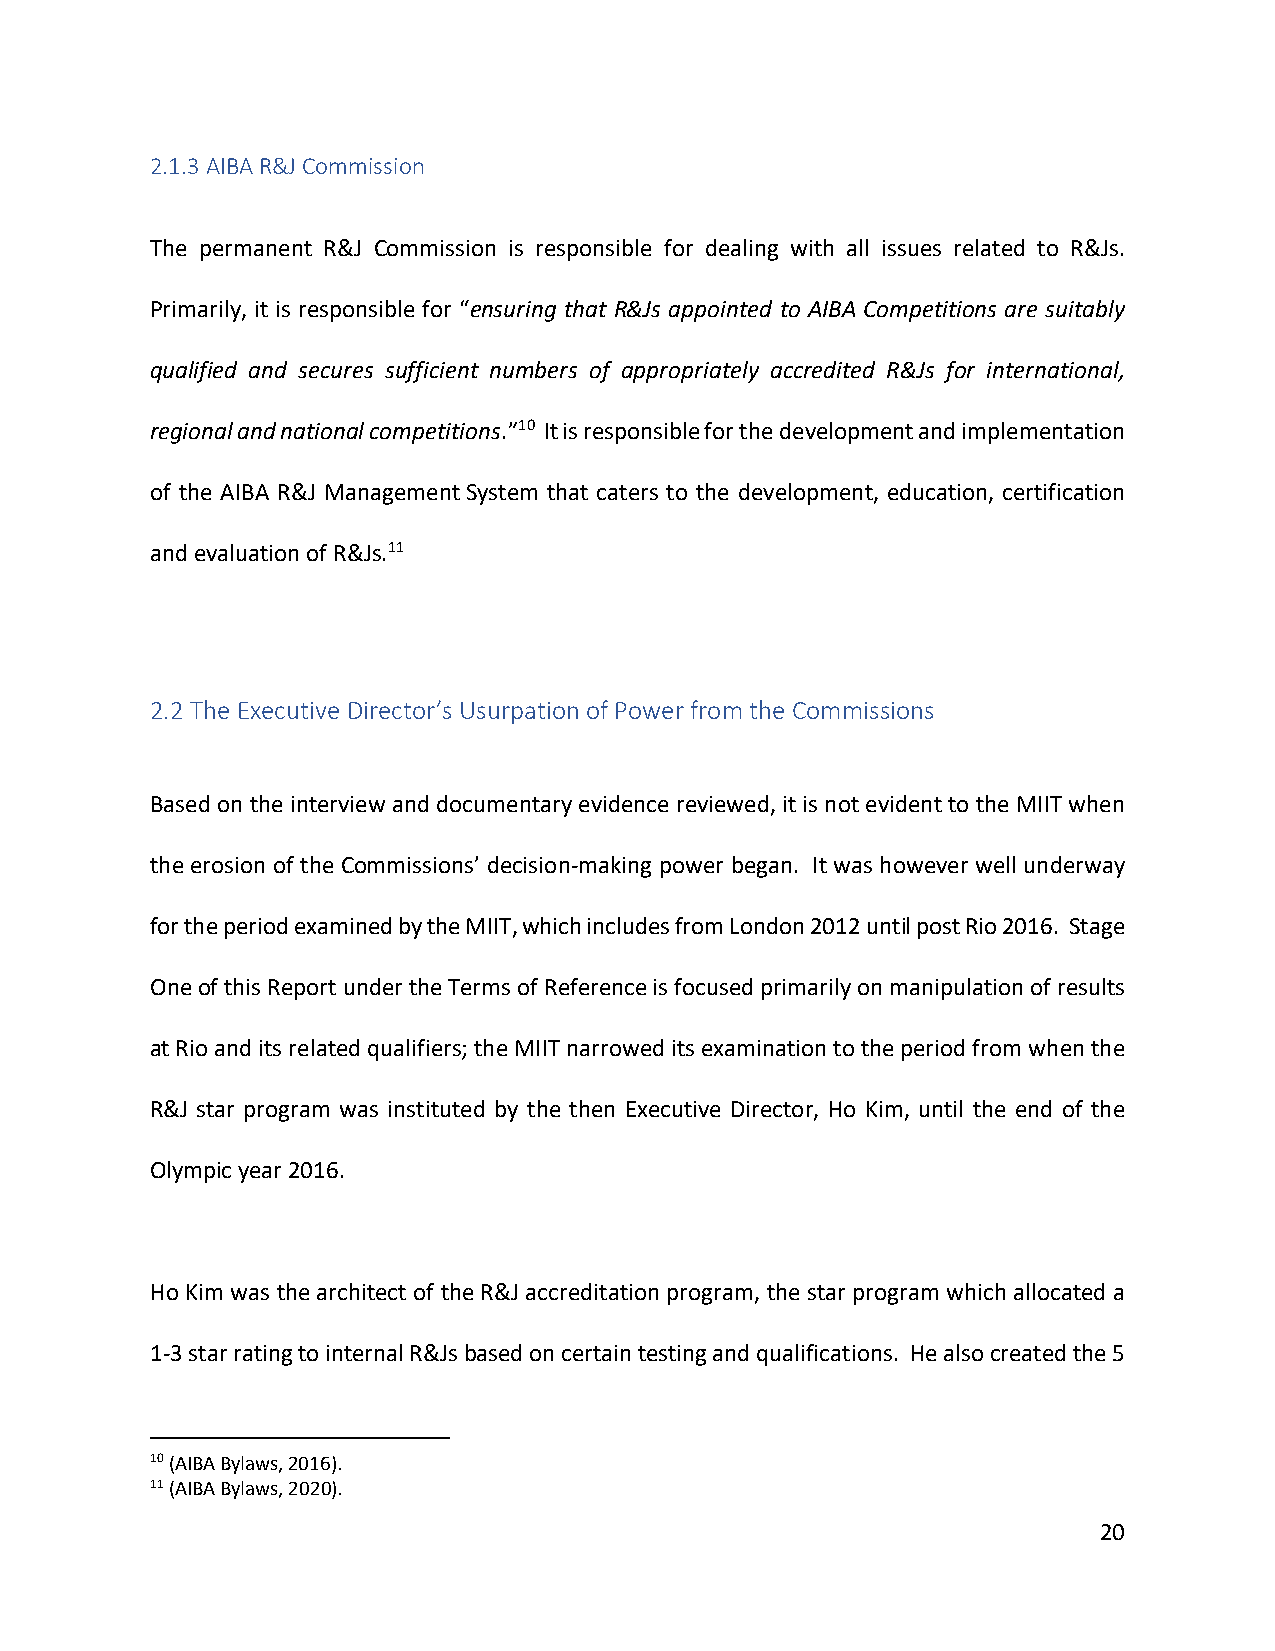
2.1.3 AIBA R&J Commission
 The permanent R&J Commission is responsible for dealing with all issues related to R&Js.
 Primarily, it is responsible for “ensuring that R&Js appointed to AIBA Competitions are suitably
 qualified and secures sufficient numbers of appropriately accredited R&Js for international,
 regional and national competitions.”10 It is responsible for the development and implementation
 of the AIBA R&J Management System that caters to the development, education, certification
 and evaluation of R&Js.11
 2.2 The Executive Director’s Usurpation of Power from the Commissions
 Based on the interview and documentary evidence reviewed, it is not evident to the MIIT when
 the erosion of the Commissions’ decision-making power began. It was however well underway
 for the period examined by the MIIT, which includes from London 2012 until post Rio 2016. Stage
 One of this Report under the Terms of Reference is focused primarily on manipulation of results
 at Rio and its related qualifiers; the MIIT narrowed its examination to the period from when the
 R&J star program was instituted by the then Executive Director, Ho Kim, until the end of the
 Olympic year 2016.
 Ho Kim was the architect of the R&J accreditation program, the star program which allocated a
 1-3 star rating to internal R&Js based on certain testing and qualifications. He also created the 5
 10 (AIBA Bylaws, 2016).
 11 (AIBA Bylaws, 2020).
 20